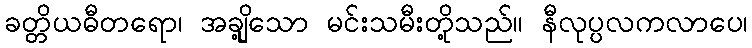
ခတ္တိယဓီတရော၊ အချို့သော မင်းသမီးတို့သည်။ နီလုပ္ပလကလာပေ၊